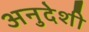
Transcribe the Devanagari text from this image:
अनुदेशी